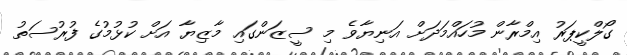
ގޯލްކީޕަރު އިމްރާން މުހައްމަދަށް އަނިޔާވެ މި ސީޒަންގައި މާޒިޔާ އަށް ކުޅުމުގެ ފުރުސަތު